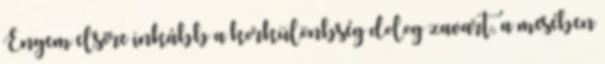
Engem elsőre inkább a korkülönbség dolog zavart, a mesében